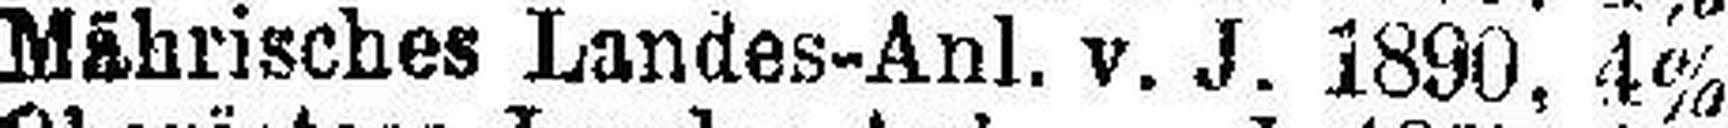
Mährisches Landes-Anl. v. J. 1890, 4%